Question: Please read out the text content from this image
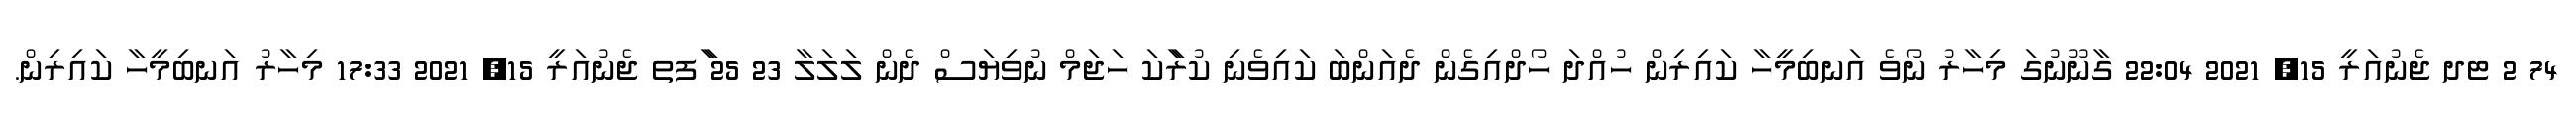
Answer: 74 2 ޓދ ޖެނުއަރީ 15, 2021 22:04 ގާނޫނުގަ މިހާރު ނޯވެ އަނބިމީހާ ކައިރިން ހުއްދަ ހޯދްއިގެން ދެއަންބަ ކައިވެނި ކުރަާކަ ހަޖަމް ނުވިޔަސް ދެން ލަލަލާ 23 25 ާަފތ ޖެނުއަރީ 15, 2021 17:33 މިހާރު އަނބިމީހާ ކައިރިން.